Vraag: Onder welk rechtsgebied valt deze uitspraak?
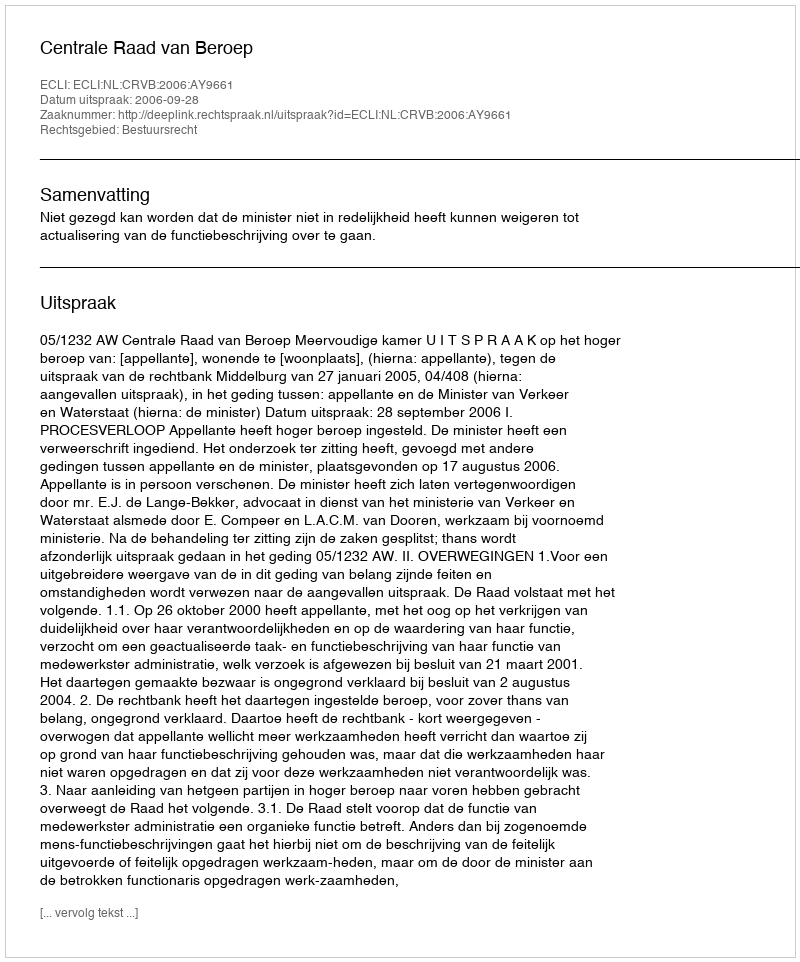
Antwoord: Bestuursrecht